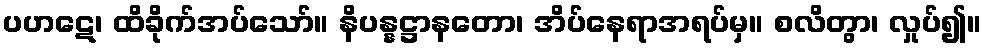
ပဟဋေ၊ ထိခိုက်အပ်သော်။ နိပန္နဋ္ဌာနတော၊ အိပ်နေရာအရပ်မှ။ စလိတွာ၊ လှုပ်၍။